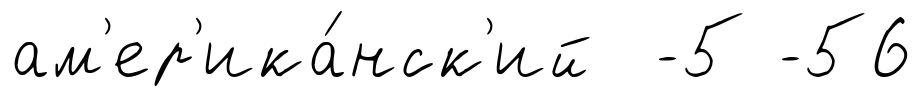
ам'ер'ика́нск'ий -5 -56